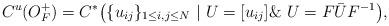
LaTeX: \begin{align*} C^u(O^+_F) = C^*\big(\{u_{ij}\}_{1 \le i,j \le N} \ | \ U = [u_{ij}] \& \ U = F \bar U F^{-1}\big),\end{align*}